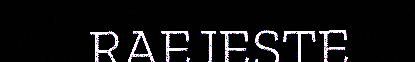
RAEJESTE